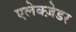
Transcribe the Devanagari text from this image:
एलेक्ज़ेडर